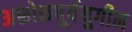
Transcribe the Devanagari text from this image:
अशोकपूर्वयुगीन